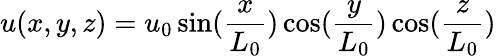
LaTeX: u(x,y,z)=u_{0}\sin(\frac{x}{L_{0}})\cos(\frac{y}{L_{0}})\cos(\frac{z}{L_{0}})